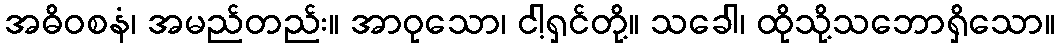
အဓိဝစနံ၊ အမည်တည်း။ အာဝုသော၊ ငါ့ရှင်တို့။ သခေါ၊ ထိုသို့သဘောရှိသော။